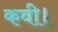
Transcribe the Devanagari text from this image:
कवी।